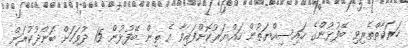
ހަރަކާތްތެރިވި ބޭފުޅުންގެ ހައިސިއްޔަތުން ހައްޔަރުކޮށްފައިވާ އެ ތިން ބޭފުޅުން 15 ދުވަހަށް ބަންދުކުރަން